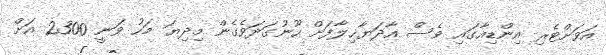
އަވަށްޓެރި އިންޑިއާގައި ވެސް އާދަޔާޚިލާފަށް ހޫނުގަދަވެގެން މިދިޔަ މަހު ވަނީ 2300 އަށް